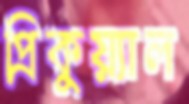
প্রিকুয়্যাল